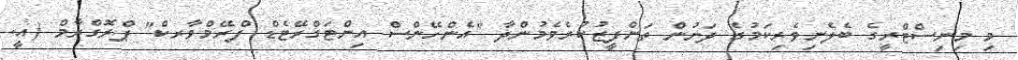
މި މިނިސްޓްރީގެ ބެލެނިވެރިކަމުގެ ދަށުން ތަންފީޒުކުރެވެމުންދާ "އެންހޭންސް އިންޓަގްރޭޓެޑް ފްރޭމްވާރކް" ޕްރޮގްރާމް (އީ.